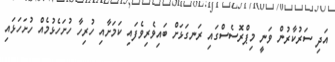
އަދި ސަރުކާރުން ވަނީ މިޕްރޮސެސްގައި ރަނގަޅަށް ބައިވެރިވެފައި ކަމަށާއި ހުރިހާ ހުށަހެޅުމެއް ހުށަހަޅައި